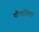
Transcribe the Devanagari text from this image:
गौणशिला